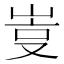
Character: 𡷮